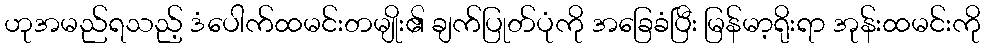
ဟုအမည်ရသည့် ဒံပေါက်ထမင်းတမျိုး၏ ချက်ပြုတ်ပုံကို အခြေခံပြီး မြန်မာ့ရိုးရာ အုန်းထမင်းကို